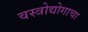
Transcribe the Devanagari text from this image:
वस्त्रोद्योगाचा